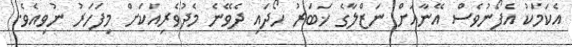
އެކަމަކު އެފޯނުވެސް އޭނާއަށް ނަޒްލާގެ ޚަބަރު ހޯދައި ދެވޭނެ މެދުވެރިއަކަށް މިފަހަރު ނުވިއެވެ.